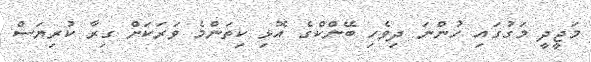
މަޖީދީ މަގުގައި ހުންނަ ދިވެހި ބޭންކްގެ އޮޅި ކިތަންމެ ވަރަކަށް ގިރާ ކުރިޔަސް